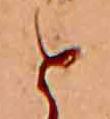
と